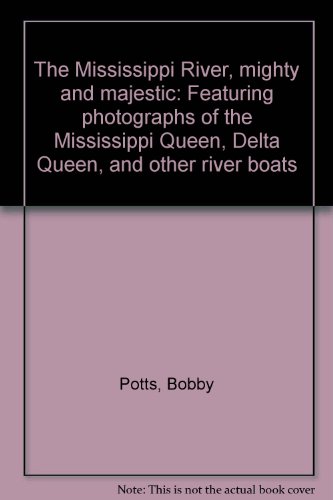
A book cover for The Mississippi River, mighty and majestic: Featuring photographs of the Mississippi Queen, Delta Queen, and other river boats; Bobby Potts; Travel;